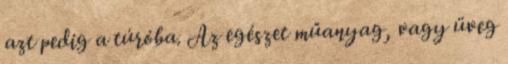
azt pedig a túróba. Az egészet műanyag, vagy üveg